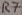
Text: R7